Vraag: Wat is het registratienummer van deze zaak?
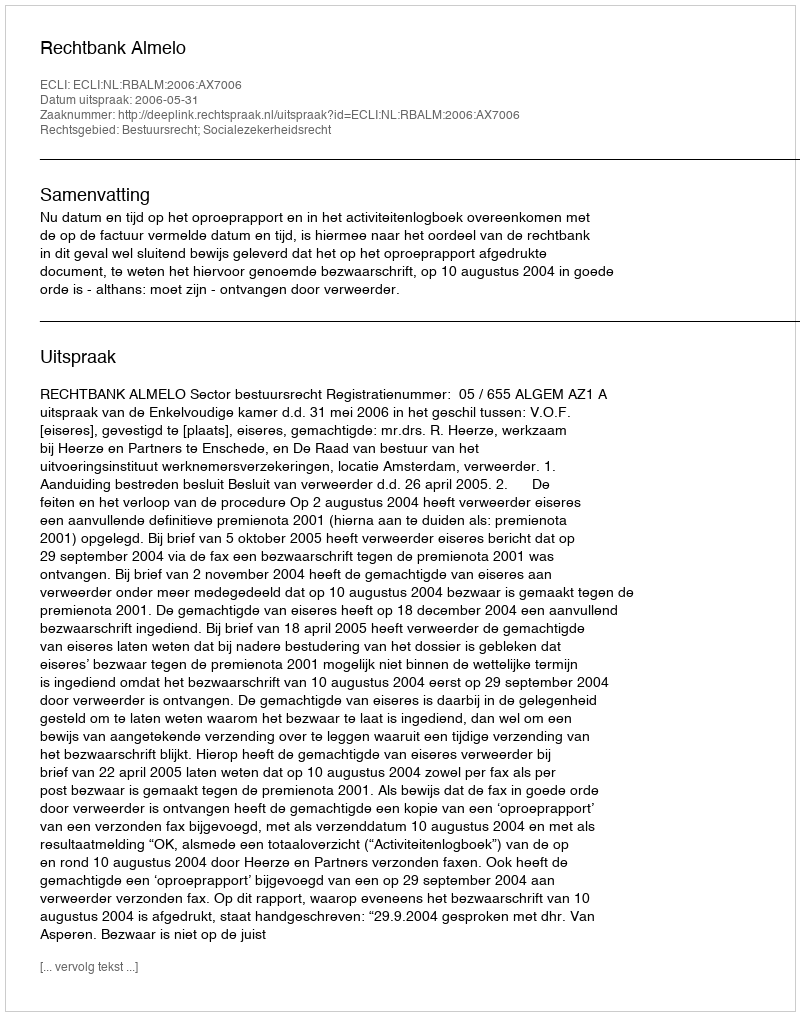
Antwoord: http://deeplink.rechtspraak.nl/uitspraak?id=ECLI:NL:RBALM:2006:AX7006